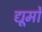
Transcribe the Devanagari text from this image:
द्यूमों